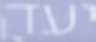
יעד